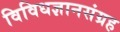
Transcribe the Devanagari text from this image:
विविधज्ञानसंग्रह